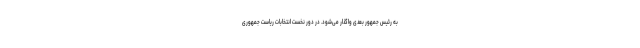
به رئیس جمهور بعدی واگذار می‌شود. در دور نخست انتخابات ریاست جمهوری